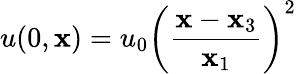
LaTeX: u(0,\mathbf{x})=u_{0}\left({\frac{{\mathbf{x}-\mathbf{x}_{3}}}{{\mathbf{x}_{1}}}}\right)^{2}